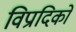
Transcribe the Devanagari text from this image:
विप्रादिको